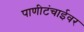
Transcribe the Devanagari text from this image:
पाणीटंचाईवर